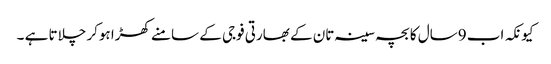
کیونکہ اب 9سال کا بچہ سینہ تان کے بھارتی فوجی کے سامنے کھڑا ہوکر چلاتا ہے ۔